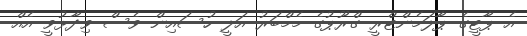
އެ ޕާޓީގެ ޕާލަމެންޓްރީ ގްރޫޕުގެ މެމްބަރު އަލީ ހުސައިން ވެސް ވިދާޅުވީ އެެއް